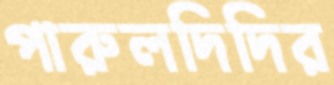
পারুলদিদির